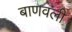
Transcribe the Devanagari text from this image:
बाणवली